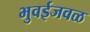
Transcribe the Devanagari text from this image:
भुवईजवळ